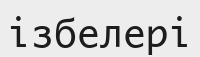
ізбелері